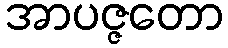
အာပဇ္ဇတော